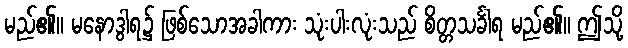
မည်၏။ မနောဒွါရ၌ ဖြစ်သောအခါကား သုံးပါးလုံးသည် စိတ္တသင်္ခါရ မည်၏။ ဤသို့